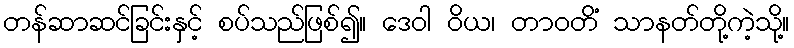
တန်ဆာဆင်ခြင်းနှင့် စပ်သည်ဖြစ်၍။ ဒေဝါ ဝိယ၊ တာဝတိံ သာနတ်တို့ကဲ့သို့။